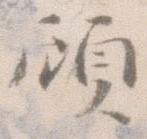
顧